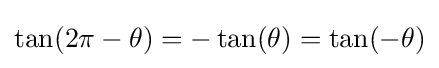
\tan(2\pi -\theta )=-\tan(\theta )=\tan(-\theta )